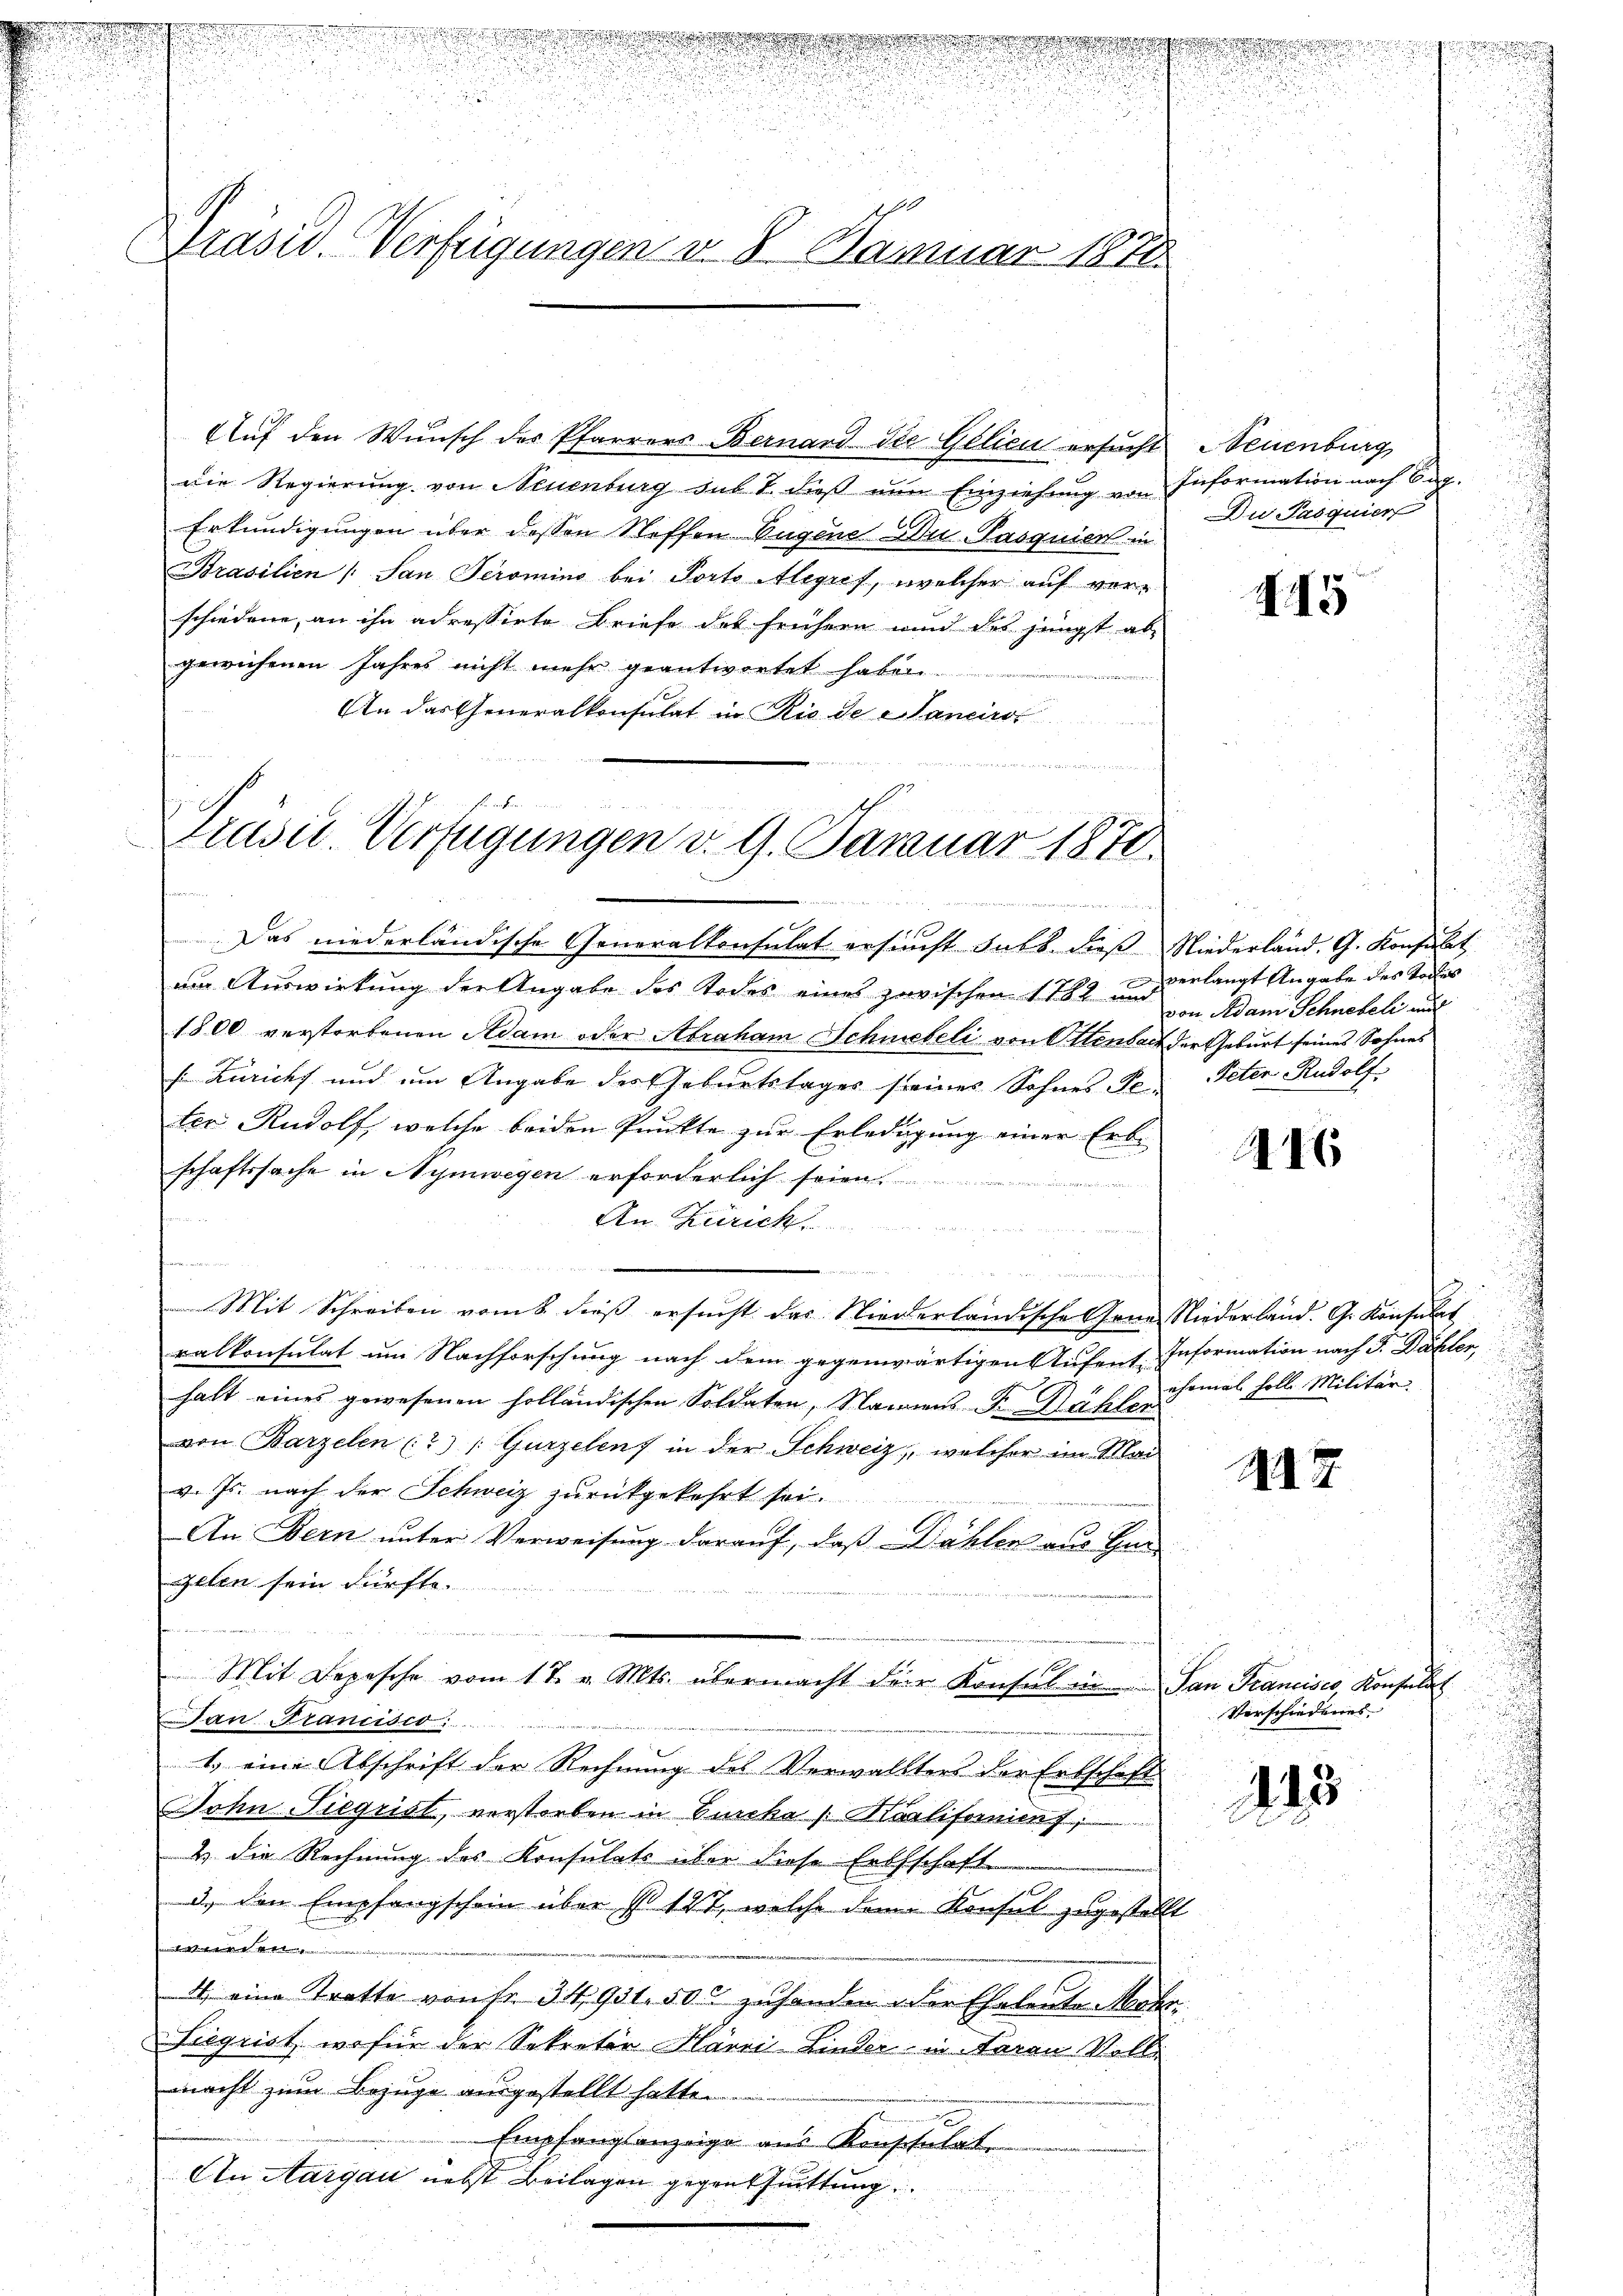
.
Präsid. Verfügungen v. 8. Januar 1871.

Auf den Wunsch des Pfarrers Bernard die Gelieu ersucht Neuenburg
die Regierŭng von Neuenburg sub I. dieβ nŭn Einziehŭng von Information nach Eng-
Erkundigungen über dessen Stoffen Eugene Du Pasquien in
Brasilien (San Seromino bei Porto Alegrif, welcher auf verschiedene, an ihn adressirte Briefe des frühern und des jüngst ab
gewiesenen Jahres nicht mehr geantwortet haben.
An das Generalkonsulat in Rio de Sanciro
         vernennen.

Prusit. Verfügungen v. 9. Januar 1878.

u

Das niederländische Generalkonsulat ersucht habt, dieß Niederland. G. Konsult
e
ur Auswirkung der Angabe des Todes eines zwischen 1782 und
1800 verstorbenen Adam oder Abraham Schwebeli von Ottenbach der Geburt seines Sohnes
Züricht und um Angabe der Geburtstages seines Sohnes Se. Peter Rudolf
ter Rudolf, welche beiden Punkte zur Erledigung einer Erbe
schaftssache in Nymwegen erforderlich seien
An Zürich
u

un
Mit Schreiben vom 8. dieß ersucht das Niederländische ein Niederland. G. Konsulat
ralkonsulat um Nachforschung nach dem gegenwärtigen Aufent. Information nach J. Dähler,
halt eines gewesenen holländischen Soldaten, Namens F. Nähler
von Barzelen (?) (Gurzelen in der Schweiz, welcher im Mai
v. Js. nach der Schweiz zurückgekehrt sei.
An Bern unter Verweisung darauf, daß Dählen aus Han
zelen sein dürfte.
Mit Depesche vom 17. v. Mts. übermacht der Konsul in San Francisco, Konsulat
Dan Francisco ........
1.) eine Abschrift der Rechnung des Verwallters der Erbschaft.
John Siegrist, verstorben in Burcka Marlifornienf
2 die Rechnung des Konsulats über diese Enthschaft
3. Den Empfangschein über § 127, welche dem Konsul zugestellt
eeintreten Akten |
4. eine Stratte von Fr. 34,931. 500 zu handen der Eheleute Mehr
Liegrist, wo für der Sekretär Härzi-Linder in Farau Voll
macht zum Bezuge ausgestellt hatten.
Empfangsanzeige aus Konschulate
An Aargau nebst Beilagen gegen trittung

.

.
Du Pasquier

I.15

verlangt Angabe des Todes
von Adam Schneteli auf

216

ehemal soll. Militär
u

A7

i
Verschiedenes
.
.
215